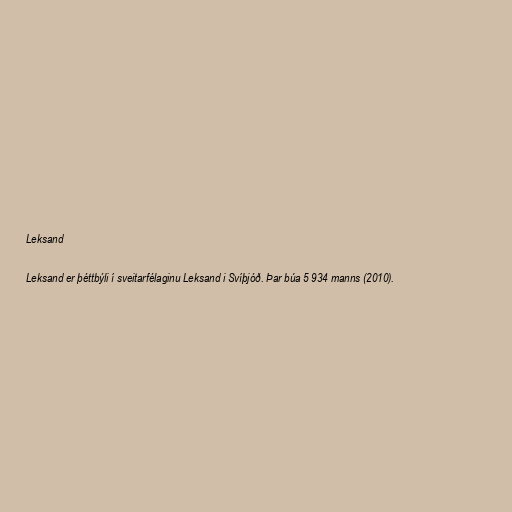
Leksand

Leksand er þéttbýli í sveitarfélaginu Leksand i Svíþjóð. Þar búa 5 934 manns (2010).